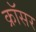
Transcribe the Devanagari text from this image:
क्रॉसर